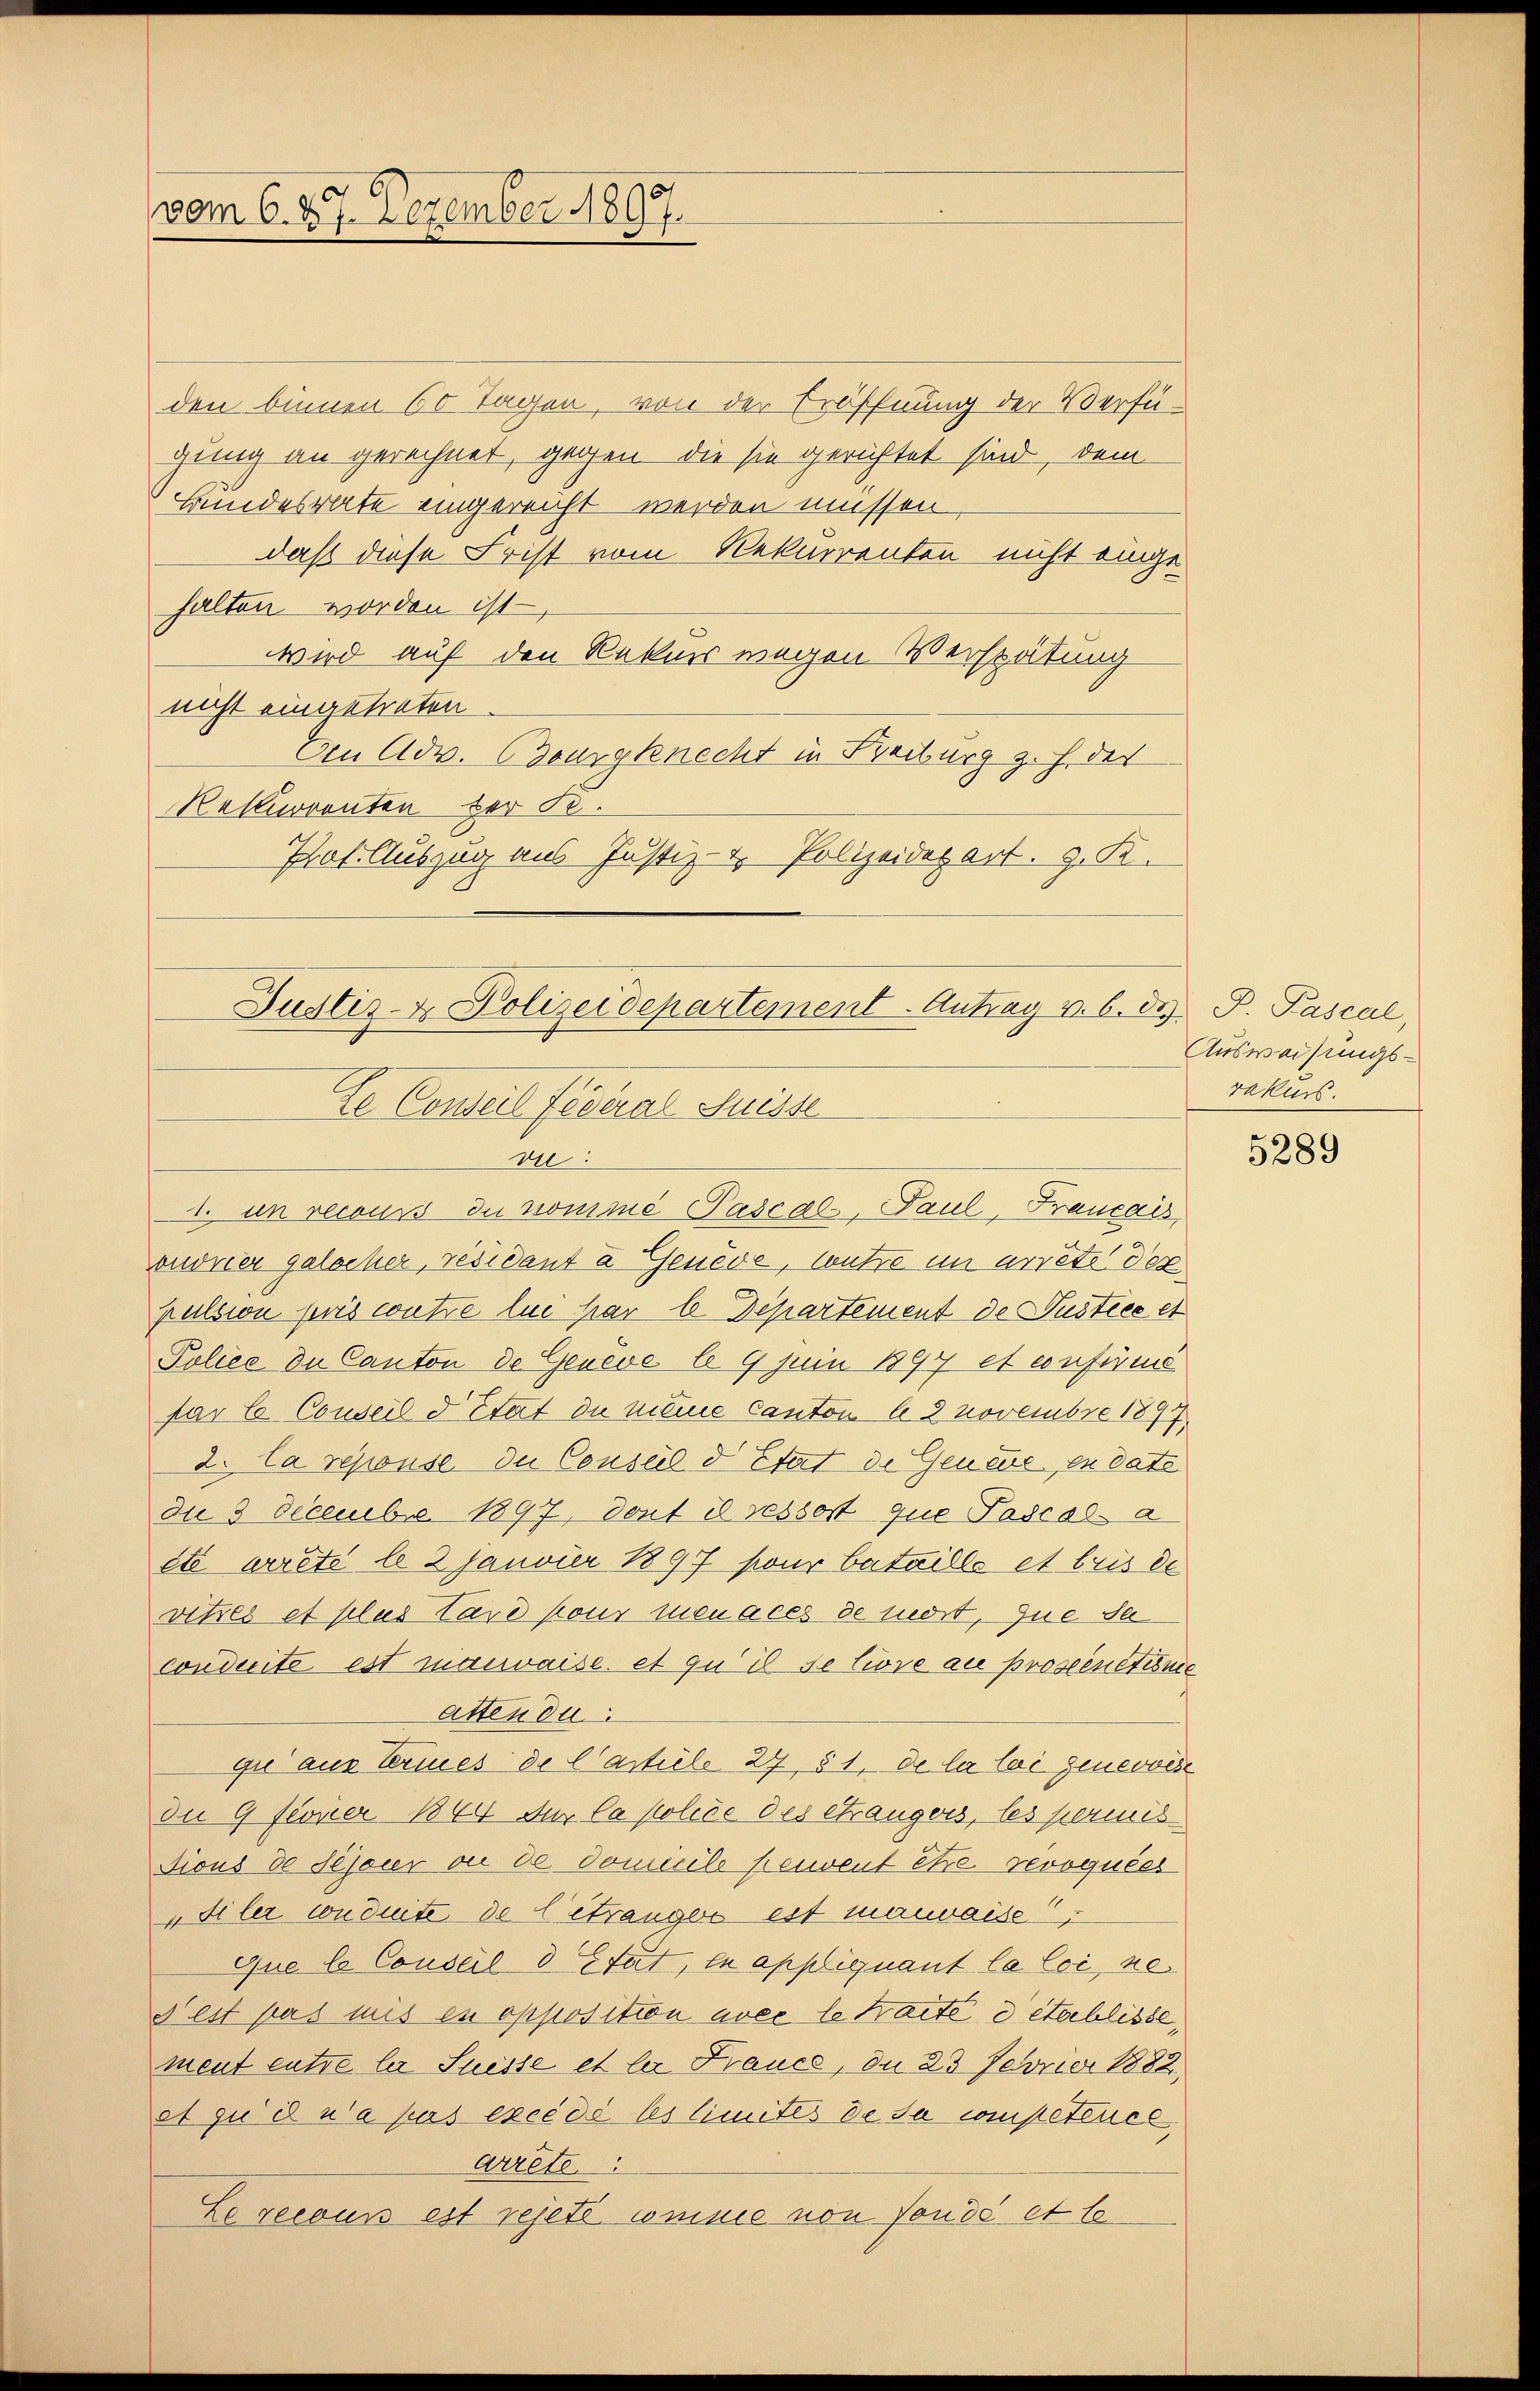
vom 6. 47. Dezember 1897.

den binnen 60 Tagen, von der Eröffnung der Verfügung an gerechnet, gegen die sie gerichtet sind, dem
Bundesrate eingereicht werden müssen,
daß diese Frist vom Rekurrenten nicht eingehalten worden ist
wird auf den Rekurs wegen Verspätung
nicht eingetreten
Den Adv. Zeurgknecht in Reiburg z. h. des
Rekurrenten der K.
Prof. Auszug aus Justiz- & Polizeidepart. z. K.

Justiz- & Polizeidepartement. Antrag v. 6. d. P. Pascal,
Le Conseil fédéral Suisse
ve
1. in recours du nomme Pascal-, Paul, Francais

ondvier galocher, résidant a Genève, wutre im arrête der
pulsion pris wutre lui par le Departement de Justice et
Polico de Canton de Genève lo 9 Juin 1897 et confirme
far le Conseil d Etat de meine Canton b 2 Novembre 1897.
2. La reponse du Conseil d Etat de Genere, in Vate
du 3 Decembre 1897, dont il ressort que Tascala
ete arrête le 2 Janvier 1897 pour bataille et bris de
vitzes et plus tare pour menaces de liert, que da
Conduite est monwaise. et qu’il se tiore au prosentione
atten du
gie aus Termies de Casteile 27, § 1, de la loi generwese
Du 9 ftoner 1864 der la police des étrangers, les permis
Fions de Sessier ou de Comeile peuvent être revoquées
Siler conduite de létrange est mauvaise
Que le Conseil d Etat, in appliquant la loi, ne
dest pas mis in opposition avec le faite detablisse,
ment entre la Suisse et ler Frauce, du 23 Februar 1882,
et zu de n’a pas excédé les limites de sa competence
Arrete
Le recours est rejeté comme von fondé et le

Ausweisungsrakurs.

5289